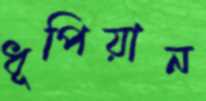
ধূপিয়ান